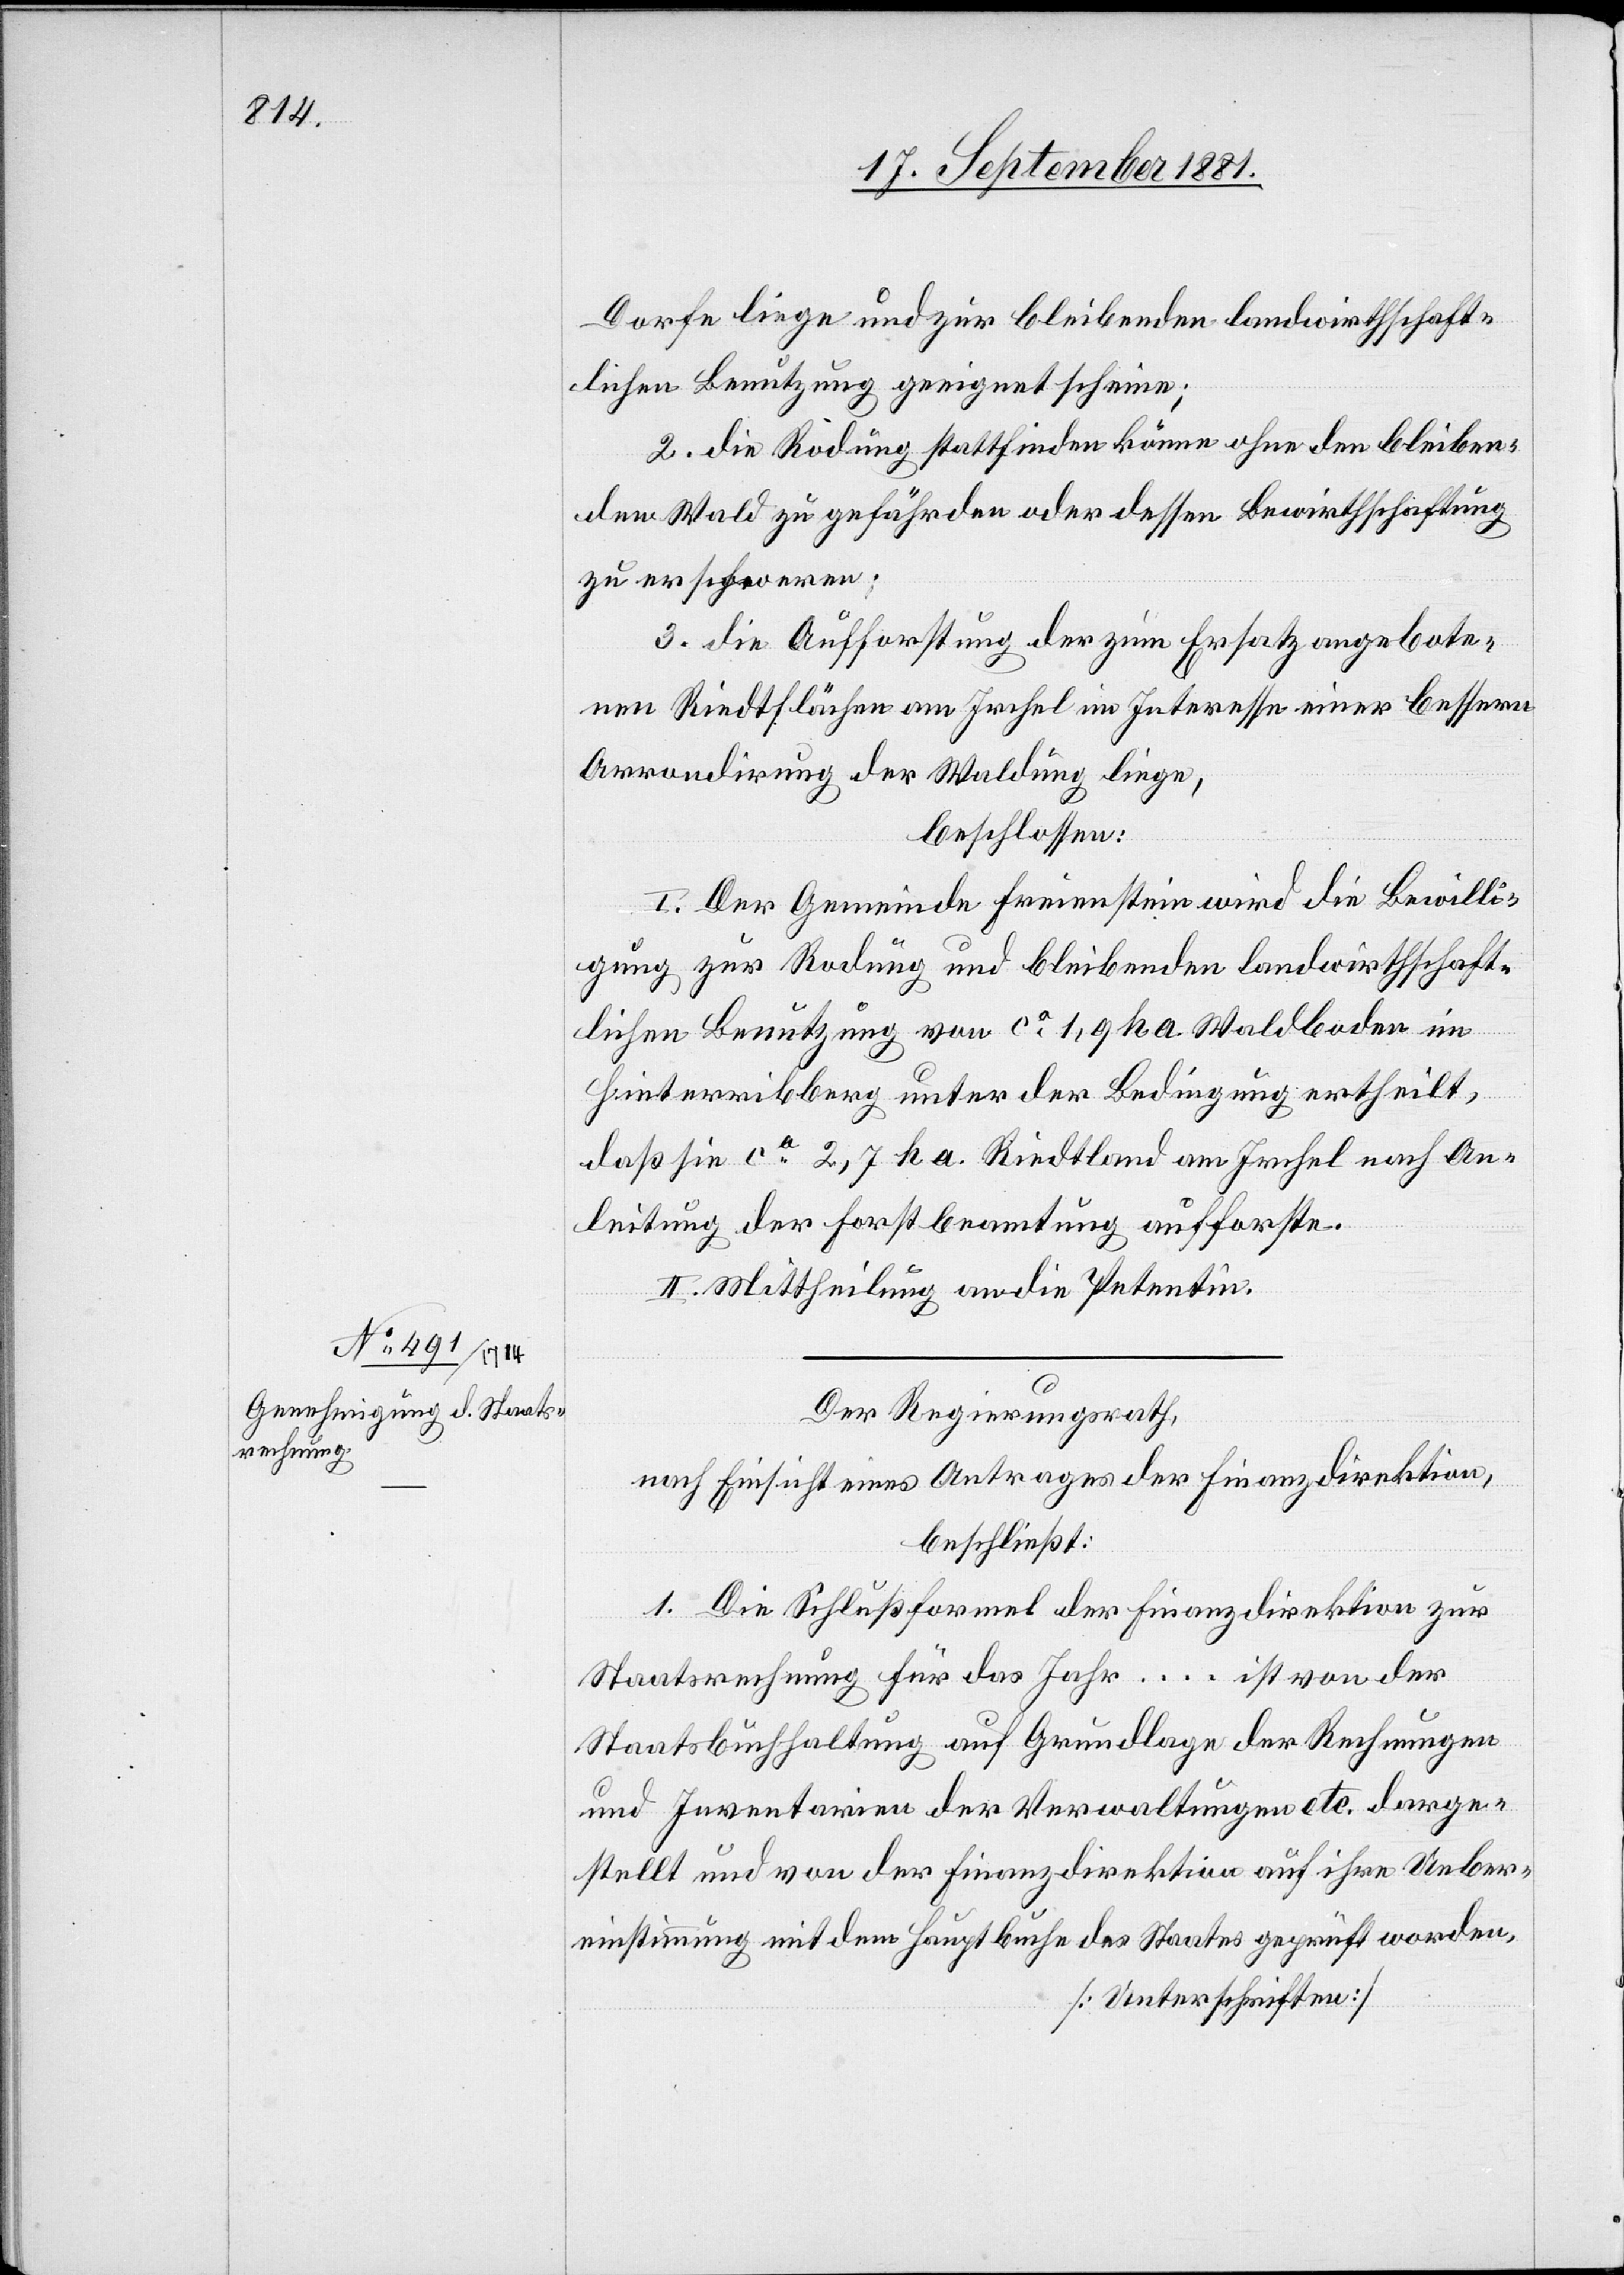
Dorfe liege und zur bleibenden landwirthschaft¬
lichen Benutzung geeignet scheine;
2. die Rodung stattfinden könne[,] ohne den bleiben¬
den Wald zu gefährden oder dessen Bewirthschaftung
zu erschweren;
3. die Aufforstung der zum Ersatz angebote¬
nen Riedtfläche am Irchel im Interesse einer bessern
Arrondirung der Waldung liege,
beschlossen:
I. Der Gemeinde Freienstein wird die Bewilli¬
gung zur Rodung und bleibenden landwirthschaf¬
lichen Benutzung von ca 1,9 ha. Riedtland am
Anleitung der Forstbeamtung aufforste.
II. Mittheilung an die Petentin.
Der Regierungsrath,
nach Einsicht eines Antrages der Finanzdirektion,
beschließt:
1. Die Schlußformel der Finanzdirektion zur
Staatsrechnung für das Jahr … ist von der
Staatsbuchhaltung auf Grundlage der Rechnungen
und Inventarien der Verwaltungen etc. darge¬
stellt und von der Finanzdirektion auf ihre Ueber¬
einstimmung mit dem Hauptbuche des Staates geprüft worden.
[Unterschriften]